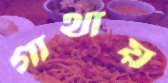
গাথায়